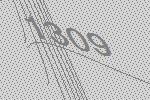
1309